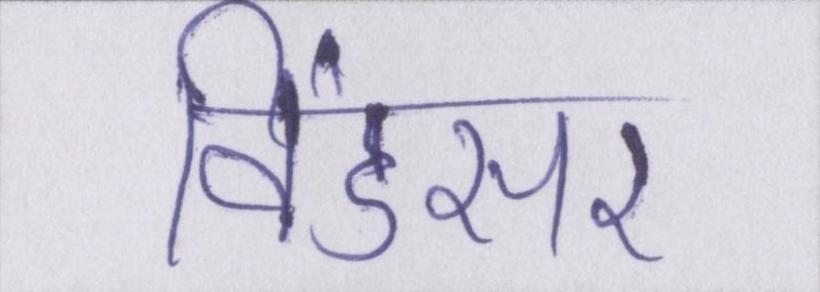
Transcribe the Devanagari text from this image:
विंडसर